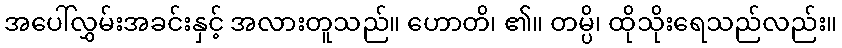
အပေါ်လွှမ်းအခင်းနှင့် အလားတူသည်။ ဟောတိ၊ ၏။ တမ္ပိ၊ ထိုသိုးရေသည်လည်း။